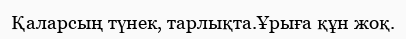
Қаларсың түнек, тарлықта.Ұрыға құн жоқ.